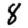
Digit: 8